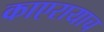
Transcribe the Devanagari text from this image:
काएरायाच